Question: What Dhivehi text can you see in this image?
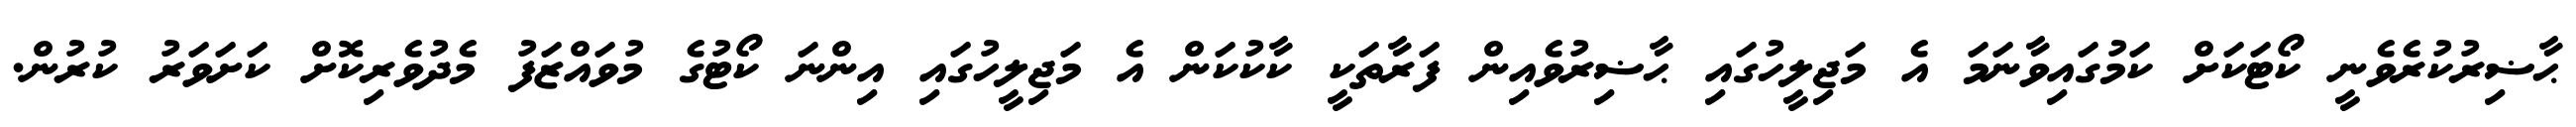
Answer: ޙާޟިރުކުރެވެނީ ކޯޓަކަށް ކަމުގައިވާނަމަ އެ މަޖިލީހުގައި ޙާޟިރުވެއިން ފަރާތަކީ ކާކުކަން އެ މަޖިލީހުގައި އިންނަ ކޯޓުގެ މުވައްޒަފު މެދުވެރިކޮށް ކަށަވަރު ކުރުން.